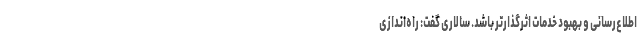
اطلاع‌رسانی و بهبود خدمات اثرگذارتر باشد. سالاری گفت: راه‌اندازی